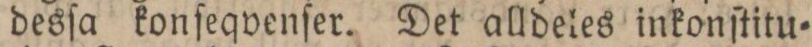
desſa konſeqvenſer. Det alldeles inkonſtitu=